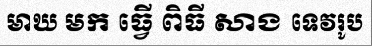
មាឃ មក ធ្វើ ពិធី សាង ទេវរូប